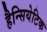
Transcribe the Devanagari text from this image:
हैन्सियेटिक